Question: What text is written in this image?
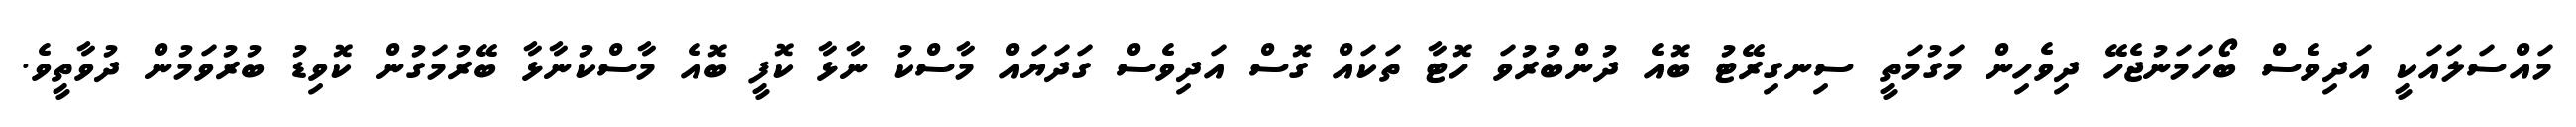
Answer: މައްސަލައަކީ އަދިވެސް ބޯހަމަނުޖެހޭ ދިވެހިން މަގުމަތީ ސިނގިރޭޓު ބޮއެ ދުންބުރުވަ ހޮޓާ ތަކައް ގޮސް އަދިވެސް ގަދަޔައް މާސްކު ނާޅާ ކޮފީ ބޮއެ މާސްކުނާޅާ ބޭރުމަގުން ކޮވިޑު ބުރުވަމުން ދުވާތީވެ.